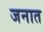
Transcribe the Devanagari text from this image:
जनात